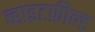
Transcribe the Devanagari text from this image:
व्हाइटफ़ील्ड